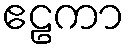
ဧဠကာ